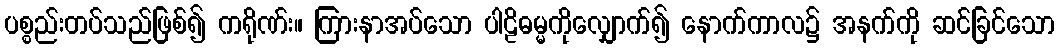
ပစ္စည်းတပ်သည်ဖြစ်၍ ကရိုဏ်း။ ကြားနာအပ်သော ပါဠိဓမ္မကိုလျှောက်၍ နောက်ကာလ၌ အနက်ကို ဆင်ခြင်သော